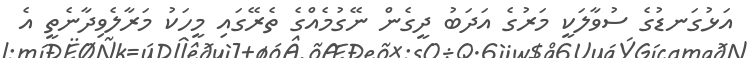
އަޅުގަނޑުގެ ސުވާލަކީ މަރުގެ އަދަބު ދީގެން ނޭގުމެއްގެ ތެރޭގައި މީހަކު މަރާލެވިދާނެތީ އެ